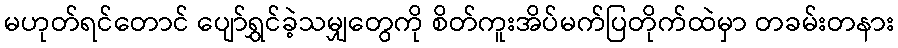
မဟုတ်ရင်တောင် ပျော်ရွှင်ခဲ့သမျှတွေကို စိတ်ကူးအိပ်မက်ပြတိုက်ထဲမှာ တခမ်းတနား